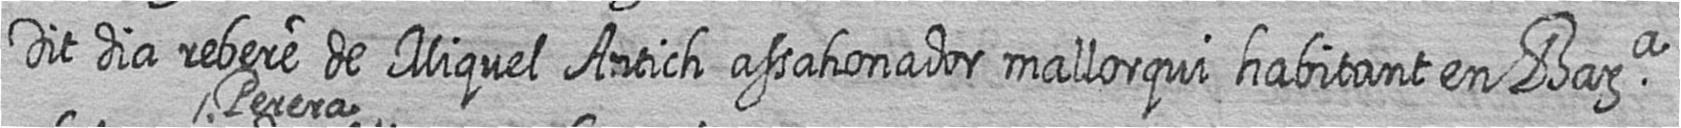
Dit dia rebere de Miquel Antich assahonador mallorqui habitant en Bara